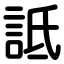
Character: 詆